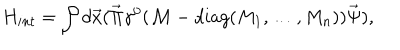
H _ { i n t } = \int d \vec { x } ( \vec { \Pi } \gamma ^ { 0 } ( { \cal M } - d i a g ( M _ { 1 } , \ldots , M _ { n } ) ) \vec { \Psi } ) ,